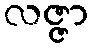
လဇ္ဇာ